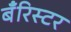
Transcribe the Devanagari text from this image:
बँरिस्टर